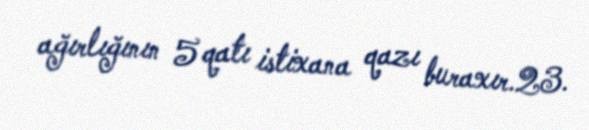
ağırlığının 5 qatı istixana qazı buraxır.23.